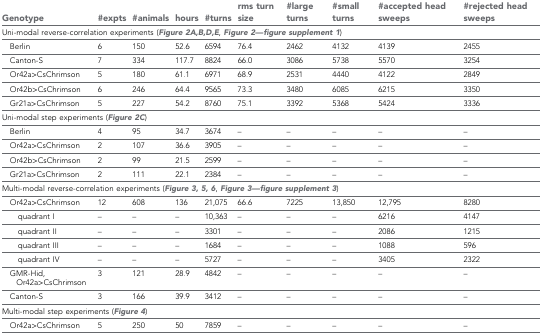
<table><thead><tr><td><b>Genotype</b></td><td><b>#expts</b></td><td><b>#animals</b></td><td><b>hours</b></td><td><b>#turns</b></td><td><b>rms turn size</b></td><td><b>#large turns</b></td><td><b>#small turns</b></td><td><b>#accepted head sweeps</b></td><td><b>#rejected head sweeps</b></td></tr></thead><tbody><tr><td colspan="10">Uni-modal reverse-correlation experiments (Figure 2A,B,D,E, Figure 2—figure supplement 1)</td></tr><tr><td> Berlin</td><td>6</td><td>150</td><td>52.6</td><td>6594</td><td>76.4</td><td>2462</td><td>4132</td><td>4139</td><td>2455</td></tr><tr><td> Canton-S</td><td>7</td><td>334</td><td>117.7</td><td>8824</td><td>66.0</td><td>3086</td><td>5738</td><td>5570</td><td>3254</td></tr><tr><td> Or42a&gt;CsChrimson</td><td>5</td><td>180</td><td>61.1</td><td>6971</td><td>68.9</td><td>2531</td><td>4440</td><td>4122</td><td>2849</td></tr><tr><td> Or42b&gt;CsChrimson</td><td>6</td><td>246</td><td>64.4</td><td>9565</td><td>73.3</td><td>3480</td><td>6085</td><td>6215</td><td>3350</td></tr><tr><td> Gr21a&gt;CsChrimson</td><td>5</td><td>227</td><td>54.2</td><td>8760</td><td>75.1</td><td>3392</td><td>5368</td><td>5424</td><td>3336</td></tr><tr><td colspan="10">Uni-modal step experiments (Figure 2C)</td></tr><tr><td> Berlin</td><td>4</td><td>95</td><td>34.7</td><td>3674</td><td>–</td><td>–</td><td>–</td><td>–</td><td>–</td></tr><tr><td> Or42a&gt;CsChrimson</td><td>2</td><td>107</td><td>36.6</td><td>3905</td><td>–</td><td>–</td><td>–</td><td>–</td><td>–</td></tr><tr><td> Or42b&gt;CsChrimson</td><td>2</td><td>99</td><td>21.5</td><td>2599</td><td>–</td><td>–</td><td>–</td><td>–</td><td>–</td></tr><tr><td> Gr21a&gt;CsChrimson</td><td>2</td><td>111</td><td>22.1</td><td>2384</td><td>–</td><td>–</td><td>–</td><td>–</td><td>–</td></tr><tr><td colspan="10">Multi-modal reverse-correlation experiments (Figure 3, 5, 6, Figure 3—figure supplement 3)</td></tr><tr><td> Or42a&gt;CsChrimson</td><td>12</td><td>608</td><td>136</td><td>21,075</td><td>66.6</td><td>7225</td><td>13,850</td><td>12,795</td><td>8280</td></tr><tr><td>quadrant I</td><td>–</td><td>–</td><td>–</td><td>10,363</td><td>–</td><td>–</td><td>–</td><td>6216</td><td>4147</td></tr><tr><td>quadrant II</td><td>–</td><td>–</td><td>–</td><td>3301</td><td>–</td><td>–</td><td>–</td><td>2086</td><td>1215</td></tr><tr><td>quadrant III</td><td>–</td><td>–</td><td>–</td><td>1684</td><td>–</td><td>–</td><td>–</td><td>1088</td><td>596</td></tr><tr><td>quadrant IV</td><td>–</td><td>–</td><td>–</td><td>5727</td><td>–</td><td>–</td><td>–</td><td>3405</td><td>2322</td></tr><tr><td> GMR-Hid, Or42a&gt;CsChrimson</td><td>3</td><td>121</td><td>28.9</td><td>4842</td><td>–</td><td>–</td><td>–</td><td>–</td><td>–</td></tr><tr><td> Canton-S</td><td>3</td><td>166</td><td>39.9</td><td>3412</td><td>–</td><td>–</td><td>–</td><td>–</td><td>–</td></tr><tr><td colspan="10">Multi-modal step experiments (Figure 4)</td></tr><tr><td> Or42a&gt;CsChrimson</td><td>5</td><td>250</td><td>50</td><td>7859</td><td>–</td><td>–</td><td>–</td><td>–</td><td>–</td></tr></tbody></table>